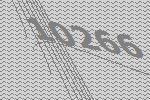
10266